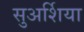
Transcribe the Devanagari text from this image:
सुअर्शिया